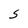
Character: S